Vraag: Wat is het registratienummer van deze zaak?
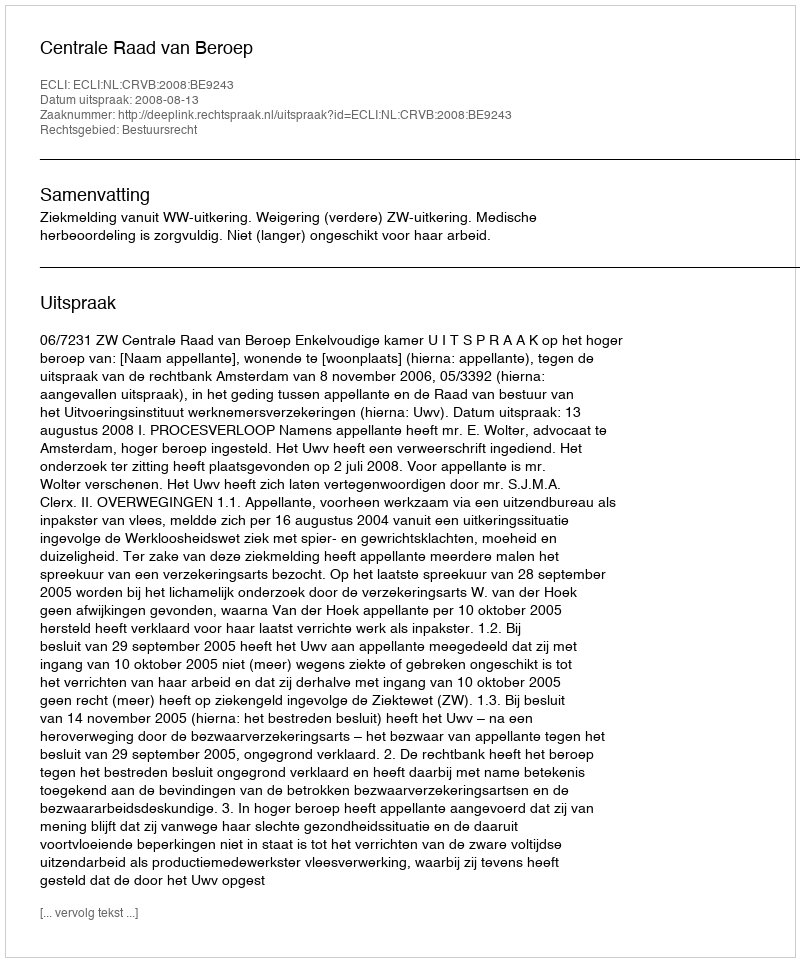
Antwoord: http://deeplink.rechtspraak.nl/uitspraak?id=ECLI:NL:CRVB:2008:BE9243